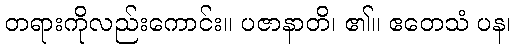
တရားကိုလည်းကောင်း။ ပဇာနာတိ၊ ၏။ ဧတေသံ ပန၊